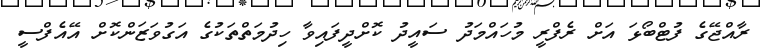
ރާއްޖޭގެ ފުޓްބޯޅަ އަށް ރެފްރީ މުހައްމަދު ސައީދު ކޮށްދީފައިވާ ހިދުމަތްތަކުގެ އަގުވަޒަންކޮށް އޭއެފްސީ